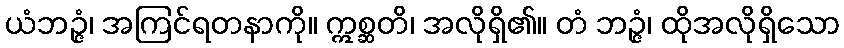
ယံဘဉ္ဇံ၊ အကြင်ရတနာကို။ ဣစ္ဆတိ၊ အလိုရှိ၏။ တံ ဘဉ္ဇံ၊ ထိုအလိုရှိသော